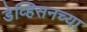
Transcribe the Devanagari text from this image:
डेव्हिसनच्या